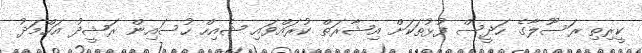
ކީރިތި ރަސޫލާގެ ހަދީސް ފުޅުތަކަށް އިޝާރަތް ކުރައްވައި ޝެއިހް ހުސައިން ރަޝީދު އަހްމަދު